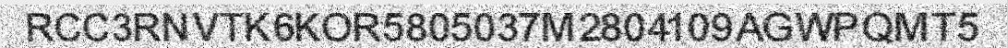
RCC3RNVTK6KOR5805037M2804109AGWPQMT5